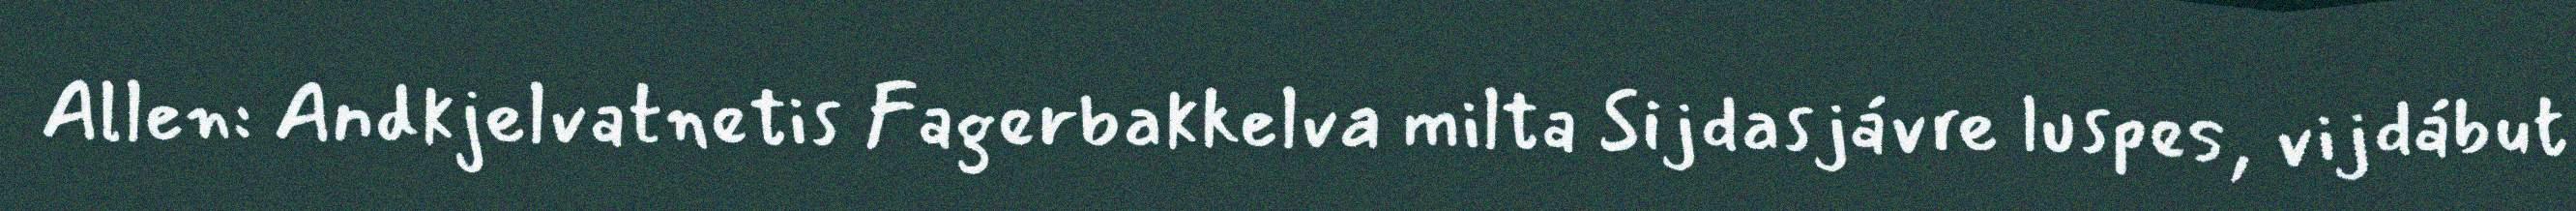
Allen: Andkjelvatnetis Fagerbakkelva milta Sijdasjávre luspes, vijdábut